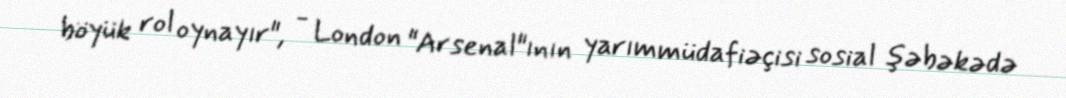
böyük rol oynayır", - London "Arsenal"ının yarımmüdafiəçisi sosial şəbəkədə